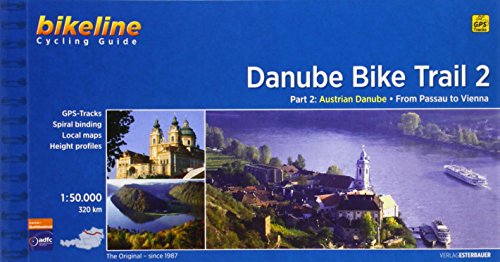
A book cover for Danube Bike Trail; Travel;